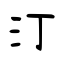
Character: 汀